Report on vaccination in Madras 1922-1929 - 1922-1929
Year: 1922
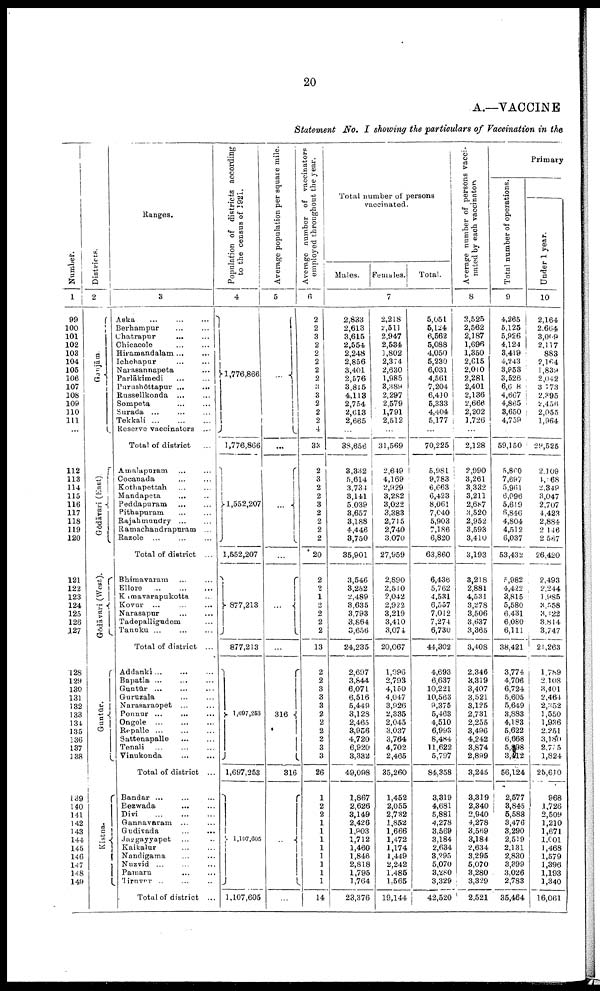
20
A.—VACCINE
Statement No. I showing the particulars of Vaccination in the
Number.
1
99
100
101
102
103
104
105
106
107
108
109
110
111
...
112
113
114
115
116
117
118
119
120
121
122
123
124
125
126
127
128
129
130
131
132
133
131
135
136
137
138
139
140
141
142
143
144
145
146
147
148
149
Districts.
2
Ganjām.
Gōdāvari (East).
Gōdāvari (West).
Guntūr.
Kistna.
Ranges.
3
Aska ... ... ...
Berhampur ... ...
Chatrapur
...
...
Chicacole ... ...
Hiramandalam ... ...
Ichchapur
...
...
Narasannapeta ...
Parlākimedi
... ...
Purushōttapur ...
...
Russellkonda ... ...
Sompeta ... ...
Surada ... ... ...
Tekkali
...
...
...
Reserve vaccinators ...
Total of district ...
Amalapuram ... ...
Cocanada ... ...
Kothapettah ... ...
Mandapeta ... ...
Peddapuram ... ...
Pithapuram ... ...
Rajahmundry ... ...
Ramachandrapuram ...
Razole ... ...
Total of district ...
Bhimavaram ... ...
Ellore
...
...
...
Kamavarapukotta ...
Kovur ... ...
Narasapur ... ...
Tadepalligudem ...
Tanuku ... ...
Total of district ...
Addanki ... ...
Bapatla ... ... ...
Guntūr ... ... ...
Guruzala ... ...
Narasaraopet ... ...
Ponnur ...
... ...
Ongole ... ... ...
Repalle ... ... ...
Sattenapalle
...
...
Tenali
...
...
...
Vinukonda ... ...
Total of district ...
Bandar ... ... ...
Bezwada
...
...
Divi
...
...
...
Gannavaram ... ...
Gudivada
...
...
Jaggayyapet ... ...
Kaikalur ... ...
Nandigama
...
...
Nuzvid ... ... ...
Pamaru ... ...
Tiruvur ... ... ...
Total of district ...
Population of districts according
to the census of 1921.
4
1,776,866
1,776,866
1,552,207
1,552,207
877,213
877,213
1,697,253
1,697,253
1,107,605
1,107,605
Average population per square mile.
5
...
...
...
...
...
...
316
316
...
...
Average number of vaccinators
employed throughout the year.
6
2
2
3
2
2
2
2
2
3 3
2
2
2
4
33
2
3
2
2
3
2
2
2
2
20
2
2
1
2
2
2
2
13
2
2
3
3
3
2
2
2
2
3
3
26
1
2
2
1
1
1
1
1
1
1
1
14
Total number of persons
vaccinated.
Males.
Females.
Total.
7
2,833
2,613
3,615
2,554
2,248
2,856
3,401
2,576
3,815
4,113
2,754
2,613
2,665
...
38,656
3,332
5,614
3,734
3,141
5,039
3,657
3,188
4,446
3,750
35,901
3,546
3,252
2,489
3,635
3,793
3,864
3,656
24,235
2,697
3,844
6,071
6,516
5,449
3,128
2,465
3,956
4,720
6,920
3,332
49,098
1,867
2,626
3,149
2,426
1,903
1,712
1,460
1,846
2,818
1,795
1,764
23,376
2,218
2,511
2,947
2,534
1,802
2,374
2,630
1,985
3,389
2,297
2,579
1,791
2,512
...
31,569
2,649
4,169
2,929
3,282
3,022
3,383
2,715
2,740
3,070
27,959
2,890
2,510
2,042
2,922
3,219
3,410
3,074
20,067
1,996
2,793
4,150
4,047
3,926
2,335
2,045
3,037
3,764
4,702
2,465
35,260
1,452
2,055
2,732
1,852
1,666
1,472
1,174
1,449
2,242
1,485
1,565
19,144
5,051
5,124
6,562
5,088
4,050
5,230
6,031
4,561
7,204
6,410
5,333
4,404
5,177
...
70,225
5,981
9,783
6,663
6,423
8,061
7,040
5,903
7,186
6,820
63,860
6,436
5,762
4,531
6,557
7,012
7,274
6,730
44,302
4,693
6,637
10,221
10,563
9,375
5,463
4,510
6,993
8,484
11,622
5,797
84,358
3,319
4,681
5,881
4,278
3,569
3,184
2,634
3,295
5,070
3,280
3,329
42,520
Average number of persons vacci
nated by each vaccinators.
8
2,525
2,562
2,187
1,696
1,350
2,615
2,010
2,281
2,401
2,136
2,666
2,202
1,726
...
2,128
2,990
3,261
3,332
3,211
2,687
3,520
2,952
3,593
3,410
3,193
3,218
2,881
4,531
3,278
3,506
3,637
3,365
3,408
2,346
3,319
3,407
3,521
3,125
2,731
2,255
3,496
4,242
3,874
2,899
3,245
3,319
2,340
2,940
4,278
3,569
3,184
2,634
3,295
5,070
3,280
3,329
2,521
Primary.
Total number of operations.
9
4,265
5,125
5,926
4,124
3,419
4,243
3,953
3,526
6,608
4,667
4,865
3,650
4,759
...
59,150
5,860
7,697
5,961
6,096
5,619
6,846
4,804
4,512
6,037
53,432
5,982
4,422
3,815
5,580
6,431
6,080
6,111
38,421
3,774
4,706
6,724
5,605
5,649
3,883
4,183
5,622
6,668
5,898
3,412
56,124
2,577
3,845
5,588
3,476
3,290
2,519
2,131
2,830
3,399
3,026
2,783
35,464
Under 1 year.
10
2,164
2,664
3,009
2,117
883
2,164
1,839
2,042
3,773
2,395
2,456
2,055
1,964
...
29,525
2,109
4,168
2,349
3,047
2,707
4,423
2,884
2,146
2,587
26,420
2,493
2,244
1,985
3,558
3,422
3,814
3,747
21,263
1,789
2,108
3,401
2,464
2,352
1,550
1,936
2,251
3,180
2,715
1,824
25,610
968
1,726
2,509
1,210
1,671
1,601
1,468
1,579
1,396
1,193
1,340
16,061